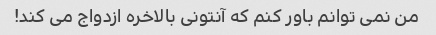
من نمی توانم باور کنم که آنتونی بالاخره ازدواج می کند!